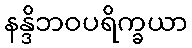
နန္ဒိဘဝပရိက္ခယာ